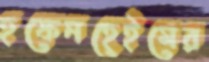
হফেনহেইমের